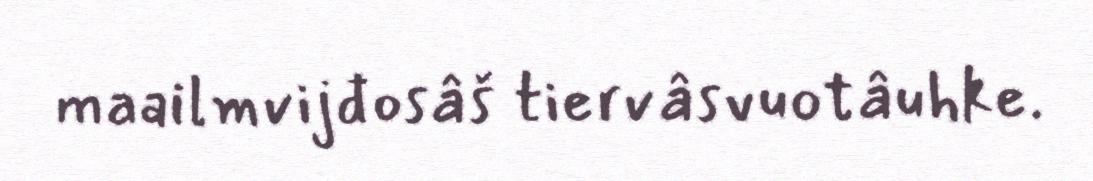
maailmvijđosâš tiervâsvuotâuhke.